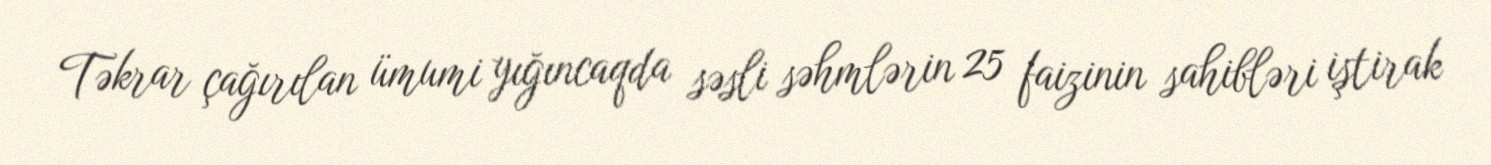
Təkrar çağırılan ümumi yığıncaqda səsli səhmlərin 25 faizinin sahibləri iştirak